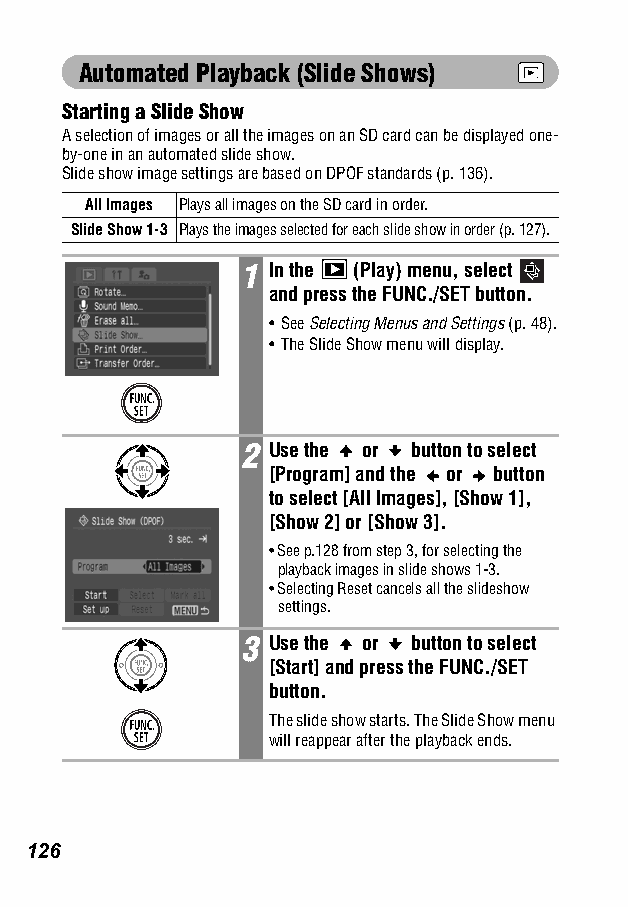
Automated Playback (Slide Shows)
 Starting a Slide Show
 A selection of images or all the images on an SD card can be displayed one-
 by-one in an automated slide show.
 Slide show image settings are based on DPOF standards (p. 136).
 All Images Plays all images on the SD card in order.
 Slide Show 1-3 Plays the images selected for each slide show in order (p. 127).
 1 In the (Play) menu, select
 and press the FUNC./SET button.
 •See Selecting Menus and Settings (p. 48).
 •The Slide Show menu will display.
 2 Use the or button to select
 [Program] and the or button
 to select [All Images], [Show 1],
 [Show 2] or [Show 3].
 •See p.128 from step 3, for selecting the
 playback images in slide shows 1-3.
 •Selecting Reset cancels all the slideshow
 settings.
 3 Use the or button to select
 [Start] and press the FUNC./SET
 button.
 The slide show starts. The Slide Show menu
 will reappear after the playback ends.
 126